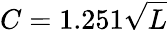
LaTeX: C=1.251{\sqrt{L}}